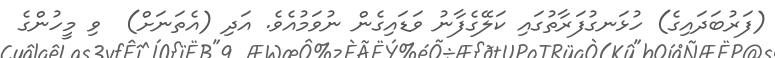
(ފަރުބަދައިގެ) ހުޅަނގުފަރާތުގައި ކަލޭގެފާނު ވަޑައިގެން ނުވަމުއެވެ. އަދި (އެތަނަށް)  ވި މީހުންގެ